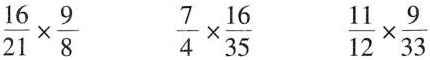
$$ \frac{16}{21} \times \frac{9}{8} $$ $$ \frac{7}{4} \times \frac{16}{35} $$ $$ \frac{11}{12} \times \frac{9}{33} $$